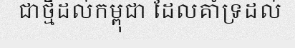
ជាថ្មីដល់កម្ពុជា ដែលគាំទ្រដល់